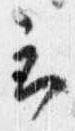
云